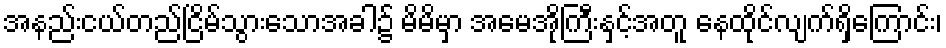
အနည်းငယ်တည်ငြိမ်သွားသောအခါ၌ မိမိမှာ အမေအိုကြီးနှင့်အတူ နေထိုင်လျက်ရှိကြောင်း၊